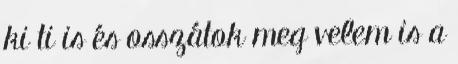
ki ti is és osszátok meg velem is a